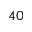
^ { 4 0 }